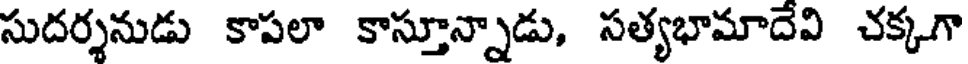
సుదర్శనుడు కాపలా కాస్తూన్నాడు, సత్యభామాదేవి చక్కగా